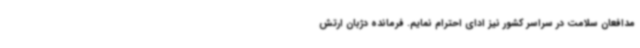
مدافعان سلامت در سراسر کشور نیز ادای احترام نمایم. فرمانده دژبان ارتش